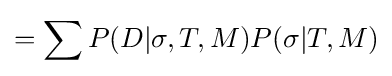
=\sum P(D|\sigma ,T,M)P(\sigma |T,M)